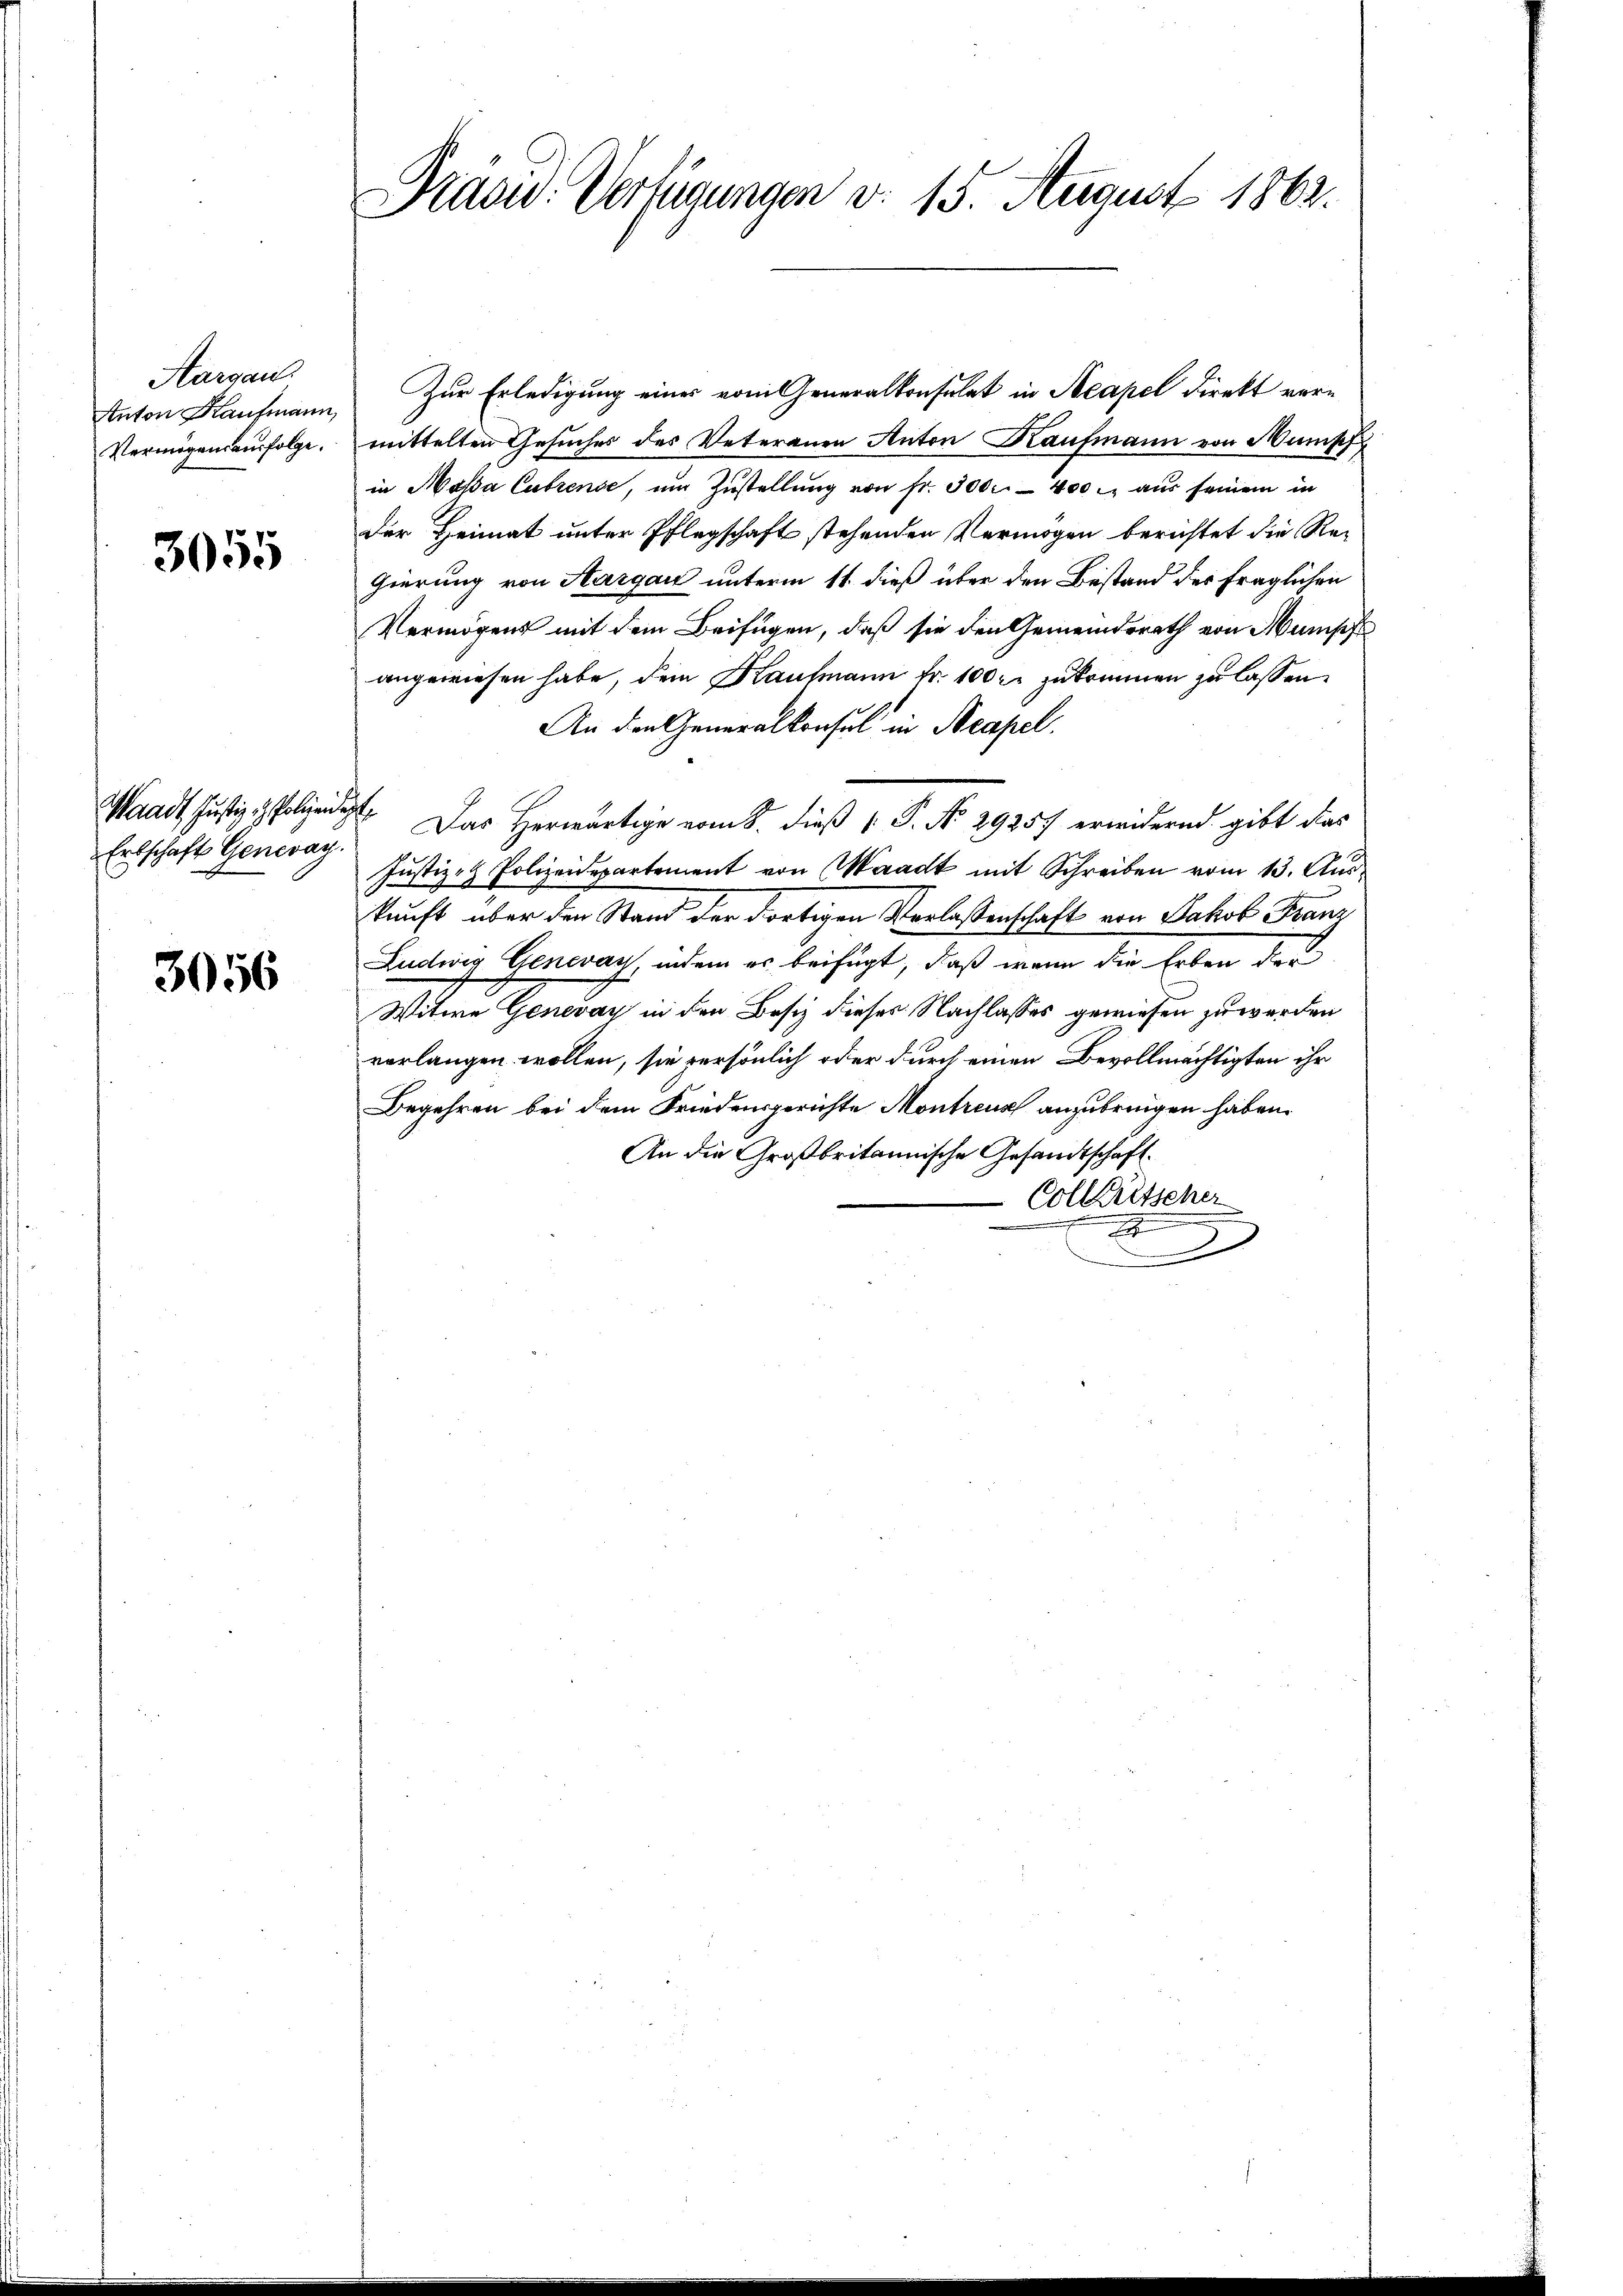
Aargau.
Anton Kaufmann,
Vermögensausfolge.

3055

Waadt Justiz & Polizeidig
Erbschaft Generay.

3056

Präsid. Verfügungen d. 15. August 1863.

Zur Erledigung eines vom Generalkonsulat in Acapel direkt vermittelten Gesuches des Veteranen Anton Kaufmann von Mumph
in Maßa Cutrense, um Zustellung von fr. 300 - 400. aus seinem in
Der Heimat unter Pflegschaft stehenden Vermögen berichtet die Regierung von Aargau unterm 11. dieß über den Bestand des fraglichen
Vermögens mit dem Beifügen, daß sie den Gemeindsrath von Mumisch
angewiesen habe, dem Kaufmann Fr. 100 r. zukommen zu lassen.
An den Generalkonsul in Neapel.
4. Das Herwärtige vom 8. dieß P. No 29257 erwidernd gibt das
Justiz- & Polizeidepartement von Waadt mit Schreiben vom 13. Auskunft über den Stand der dortigen Verlassenschaft von Jakob Franz
Ludwig Genevay, indem er beifügt, daß wenn die Erben der
Witwe Genevay in den Besiz dieses Nachlasses gewiesen zu werden
verlangen wollen, sie persönlich oder durch einen Bevollmächtigten ihr
Begehren bei dem Friedensgerichte Montreuz anzubringen haben.
An die Großbritannische Gesandtschaft.
Collaritscher
x